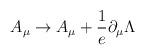
LaTeX: \begin{align*}A_\mu\to A_\mu+\frac{1}{e}\partial_\mu \Lambda\end{align*}